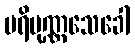
ပရိပုဏ္ဏသေခေါ